Reports on military cantonments and civil stations in the Presidency of Bombay inspected by the Sanitary Commissioner in the years 1875 and 1876
Year: 1875
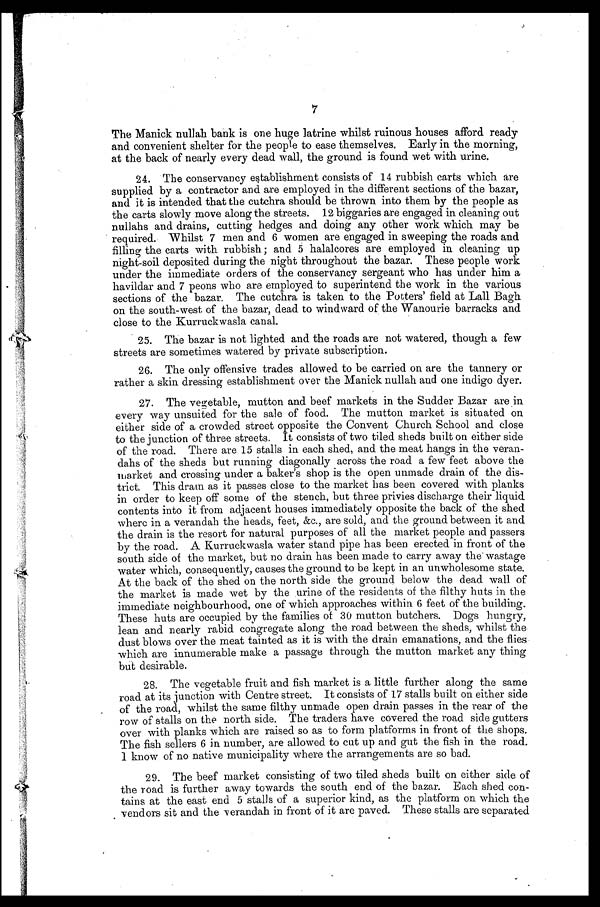
The Manick nullah bank is one huge latrine whilst ruinous houses afford ready
and convenient shelter for , the people to ease themselves. Early in the morning,
at the back of nearly every dead wall, the ground is found wet with urine.
24. The conservancy establishment consists of 14 rubbish carts which are
supplied by a contractor and are employed in the different sections of the bazar,
and it is intended that the cutchra should be thrown into them by the people as
the carts slowly move along the streets. 12 biggaries are engaged in. cleaning out
nullahs and drains, cutting hedges and doing any other work which may be
required. Whilst 7 men and 6 women are engaged in sweeping the roads and
filling the carts with rubbish; and 5 halalcores are employed in cleaning up
night-soil deposited during the night throughout the bazar. These people work
under the immediate orders of the conservancy sergeant who has under him a
havildar and 7 peons who are employed to superintend the work in the various
sections of the bazar. The cutchra is taken to the Potters' field at Lall Bagh
on the south-west of the bazar, dead to windward of the Wanourie barracks and
close to the Kurruckwasla canal.
25. The bazar is not lighted and the roads are not watered, though a few
streets are sometimes watered by private subscription.
26. The only offensive trades allowed to be carried on are the tannery or
rather a skin dressing establishment over the Manick nullah and one indigo dyer.
27. The vegetable, mutton and beef markets in the Sudder Bazar are in
every way unsuited for the sale of food. The mutton market is situated on
either side of a crowded street opposite the Convent Church School and close
to the junction of three streets. It consists of two tiled sheds built on either side
of the road. There are 15 stalls in each shed, and the meat hangs in the veran-
dahs of the sheds but running diagonally across the road a few feet above the
market and crossing under a baker's shop is the open unmade drain of the dis-
trict. This drain as it passes close to the market has been covered with planks
in order to keep off some of the stench, but three privies discharge their liquid.
contents into it from adjacent houses immediately opposite the back of the shed
where in a verandah the heads, feet, &c., are sold, and the ground between it and
the drain is the resort for natural purposes of all the market people and passers
by the road. A Kurruckwasla water stand pipe has been erected in front of the
south side of the market, but no drain has been made to carry away the' wastage
water which, consequently, causes the ground to be kept in an unwholesome state.
At the back of the shed on the north side the ground below the dead wall of
the market is made wet by the urine of the residents of the filthy huts in the
immediate neighbourhood, one of which approaches within 6 feet of the building.
These huts are occupied by the families of 30 mutton butchers. Dogs hungry,
lean and nearly rabid congregate along the road between the sheds, whilst the
dust blows over the meat tainted as it is with the drain emanations, and the flies
which are innumerable make a passage through the mutton market any thing
but desirable.
28. The vegetable fruit and fish market is a little further along the same
road at its junction with Centre street. It consists of 17 stalls built on either side
of the road, whilst the same filthy unmade open drain passes in the rear of the
row of stalls on the north side. The traders have covered the road side gutters
over with planks which are raised so as to form platforms in front of the shops.
The fish sellers 6 in number, are allowed to cut up and gut the fish in the road.
I know of no native municipality where the arrangements are so bad.
29. The beef market consisting of two tiled sheds built on either side of
the road is further away towards the south end of the bazar. Each shed con--
tains at the east end 5 stalls of a superior kind, as the platform on which the
vendors sit and the verandah in front of it are paved. These stalls are separated